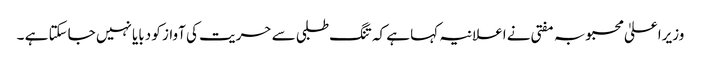
وزیراعلیٰ محبوبہ مفتی نے اعلانیہ کہا ہے کہ تنگ طلبی سے حریت کی آواز کو دبایا نہیں جاسکتا ہے ۔